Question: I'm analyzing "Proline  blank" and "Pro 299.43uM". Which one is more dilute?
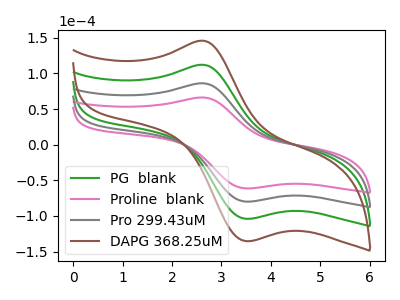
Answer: <think>The green curve "PG  blank" has an anodic peak at (2.60V, 172.20uA) and a cathodic peak at (3.50V, -159.85uA). The pink curve "Proline  blank" has an anodic peak at (2.60V, 66.15uA) and a cathodic peak at (3.50V, -61.40uA). The gray curve "Pro 299.43uM" has an anodic peak at (2.60V, 86.10uA) and a cathodic peak at (3.50V, -79.95uA). The brown curve "DAPG 368.25uM" has an anodic peak at (2.60V, 258.30uA) and a cathodic peak at (3.50V, -239.80uA).
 All the peaks in "Proline  blank" have a peak in "Pro 299.43uM" at the same potential. Every peak in "Proline  blank" is lower than every peak in "Pro 299.43uM".</think>
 <answer>"Proline  blank" has less signal than "Pro 299.43uM" and so likely has a lower concentration.</answer>
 <eval>less_concentration</eval>